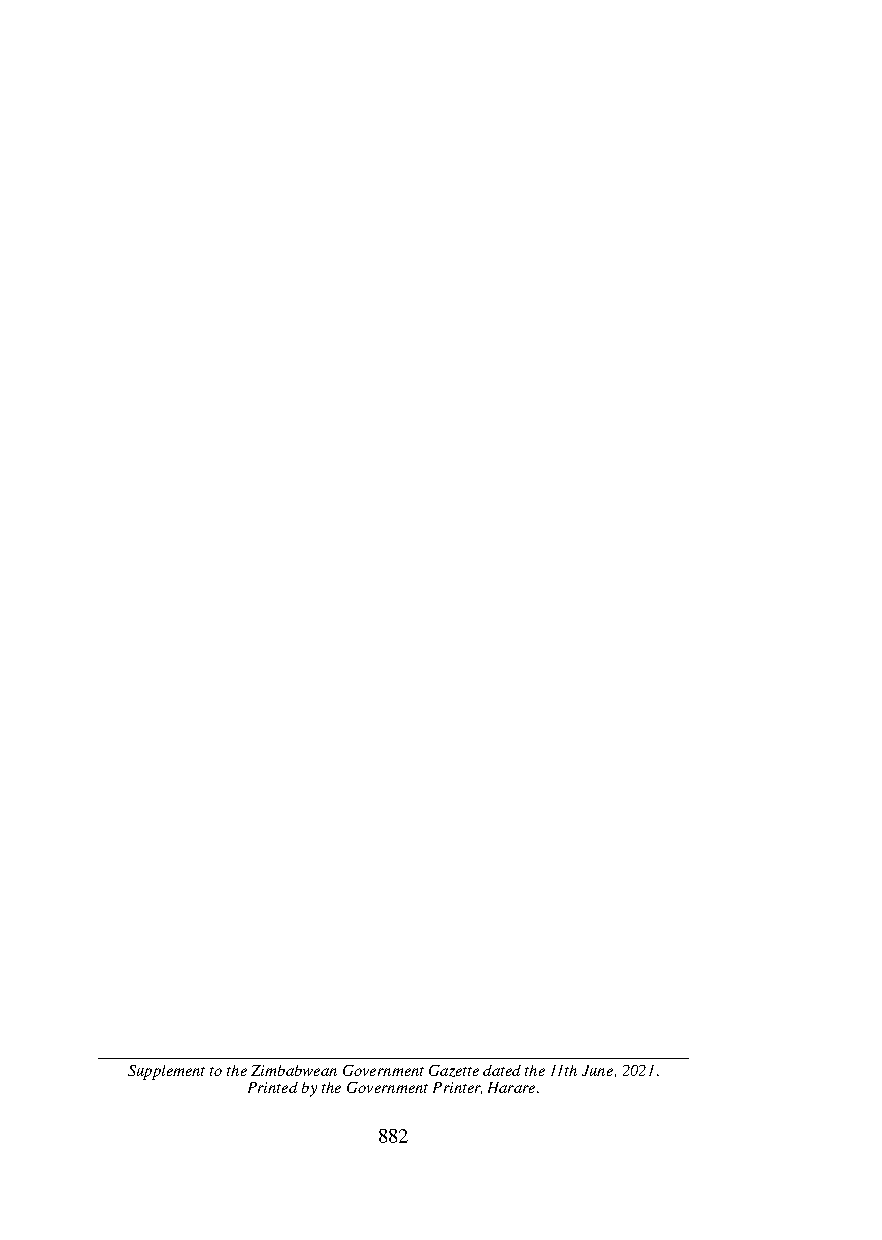
National Social Security Authority (Pensions and Other Benefi ts
 S.I. 169 of 2021
 Scheme) (Rates of Benefi ts) (Amendment) Notice, 2021 (No. 28)
 (c) in section 10H by the deletion of “ZWL$2 000,00,
 with effect from 1st October, 2019” and substitution
 of “ZW$5 000,00” with effect from 1st November,
 2020”.
 8. The principal notice is amended in section 11 as follows––
 (a) by the repeal of subsection (3) and substitution of the
 following––
 “(3) The maximum amount of monthly earnings
 in respect of which contributions are payable shall
 be seventy-fi ve (75) per centum of the prevailing
 previous month Total Consumption Poverty Line for
 an average of fi ve persons per household with effect
 from 1st June, 2021. Where the Total Consumption
 Poverty Line fi gure is not available or published, the
 last published fi gure is applicable.”;
 (b) by the insertion of the following after subsection (3)––
 “(4) Any person in Zimbabwe who earns
 remuneration in a currency other than that of
 Zimbabwe shall be required to pay his/her
 contributions in foreign currency.
 (5) For purposes of applying the contribution
 rates, the income earned in United States dollars shall
 be converted to its equivalent Zimbabwe dollars at
 the prevailing interbank rate when the income is paid.
 (6) If income is denominated in a foreign
 currency other than the United States dollars, the
 equivalent amount in United States dollars shall
 be calculated using the international cross rate of
 exchange of that currency in United States dollars
 prevailing on the day the income is paid.
 (7) Where an individual earns remuneration in
 a combination of United States dollars and Zimbabwe
 dollars, for purposes of calculating the contributions
 due, the incomes earned shall be treated separately
 Supplement to the Zimbabwean Government Gazette dated the 11th June, 2021. as in (5) and (6) above.”.
 Printed by the Government Printer, Harare.
 882                                                             879